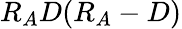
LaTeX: R_{A}D(R_{A}-D)